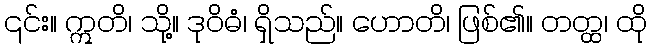
၎င်း။ ဣတိ၊ သို့။ ဒုဝိဓံ၊ ရှိသည်။ ဟောတိ၊ ဖြစ်၏။ တတ္ထ၊ ထို